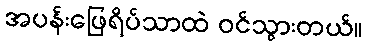
အပန်းဖြေရိပ်သာထဲ ဝင်သွားတယ်။